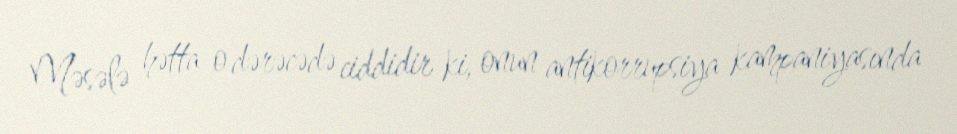
Məsələ hətta o dərəcədə ciddidir ki, onun antikorrupsiya kampaniyasında